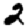
Digit: 2